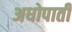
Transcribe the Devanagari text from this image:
अधोपाती